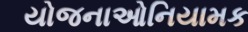
યોજનાઓનિયામક